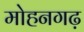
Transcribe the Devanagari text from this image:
मोहनगढ़